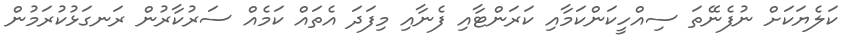
ކަލެޔަކަށް ނުފެނޭތަ ސިއްހީކަންކަމާއި ކަރަންޓާއި ފެނާއި މިފަދަ އެތައް ކަމެއް ސަރުކާރުން ރަނގަޅުކުރަމުން